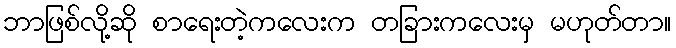
ဘာဖြစ်လို့ဆို စာရေးတဲ့ကလေးက တခြားကလေးမှ မဟုတ်တာ။